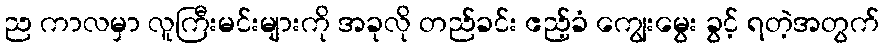
ည ကာလမှာ လူကြီးမင်းများကို အခုလို တည်ခင်း ဧည့်ခံ ကျွေးမွေး ခွင့် ရတဲ့အတွက်